Indian journal of veterinary science and animal husbandry - Volumes 24-25, 1954-1955
Year: 1954
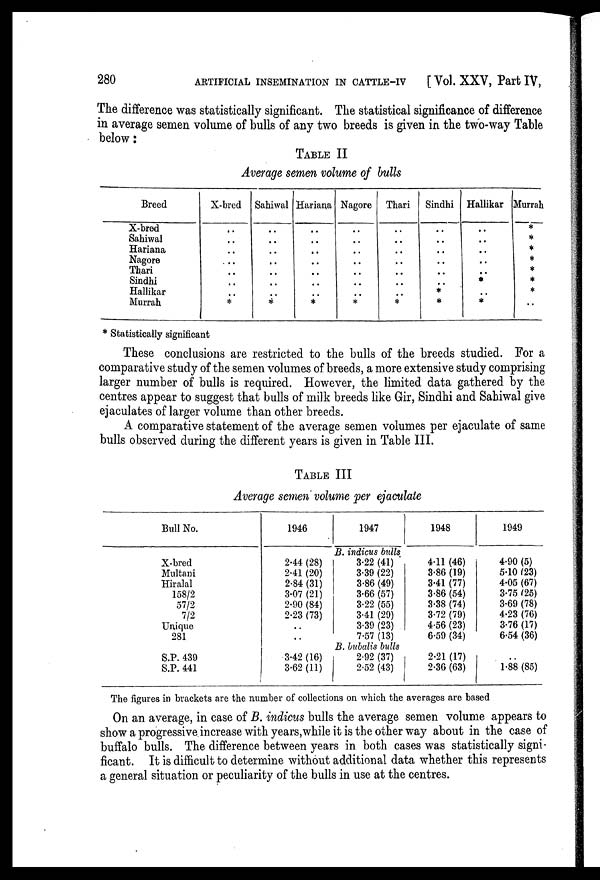
280
ARTIFICIAL INSEMINATION IN CATTLE-IV
[Vol. XXV, Part IV,
The difference was statistically significant. The statistical significance of difference
in average semen volume of bulls of any two breeds is given in the two-way Table
below:
TABLE II
Average semen volume of bulls
Breed
X-bred
Sahiwal
Hariana
Nagore
Thari
Sindhi
Hallikar
Murrah
X-bred
..
..
..
..
..
..
..
*
Sahiwal
..
..
..
..
..
..
..
*
Hariana
..
..
..
..
..
..
..
*
Nagore
..
..
..
..
..
..
..
*
Thari
..
..
..
..
..
..
..
*
Sindhi
..
..
..
..
..
..
*
*
Hallikar
..
..
..
..
..
*
..
*
Murrah
*
*
*
*
*
*
*
..
* Statistically significant
These conclusions are restricted to the bulls of the breeds studied. For a
comparative study of the semen volumes of breeds, a more extensive study comprising
larger number of bulls is required. However, the limited data gathered by the
centres appear to suggest that bulls of milk breeds like Gir, Sindhi and Sahiwal give
ejaculates of larger volume than other breeds.
A comparative statement of the average semen volumes per ejaculate of same
bulls observed during the different years is given in Table III.
TABLE III
Average semen volume per ejaculate
Bull No.
X-bred
Multani
Hiralal
158/2
57/2
7/2
Unique
281
S.P. 439
S.P. 441
1946
2.44 (28)
2.41 (20)
2.84 (31)
3.07 (21)
2.90 (84)
2.23 (73)
..
..
3.42 (16)
3.62 (11)
1947
B. indicus bulls
3.22 (41)
3.39 (22)
3.86 (49)
3.66 (57)
3.22 (55)
3.41 (29)
3.39 (23)
7.57 (13)
B. bubalis bulls
2.92 (37)
2.52 (43)
1948
4.11 (46)
3.86 (19)
3.41 (77)
3.86 (54)
3.38 (74)
3.72 (79)
4.56 (23)
6.59 (34)
2.21 (17)
2.36 (63)
1949
4.90 (5)
5.10 (23)
4.05 (67)
3.75 (25)
3.69 (78)
4.23 (76)
3.76 (17)
6.54 (36)
..
1.88 (85)
The figures in brackets are the number of collections on which the averages are based
On an average, in case of B. indicus bulls the average semen volume appears to
show a progressive increase with years,while it is the other way about in the case of
buffalo bulls. The difference between years in both cases was statistically signi-
ficant. It is difficult to determine without additional data whether this represents
a general situation or peculiarity of the bulls in use at the centres.